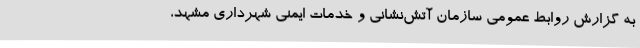
به گزارش روابط عمومی سازمان آتش‌نشانی و خدمات ایمنی شهرداری مشهد،